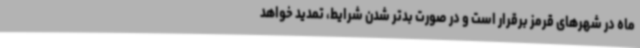
ماه در شهرهای قرمز برقرار است و در صورت بدتر شدن شرایط، تمدید خواهد